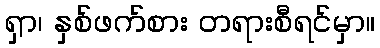
ရှာ၊ နှစ်ဖက်စား တရားစီရင်မှာ။